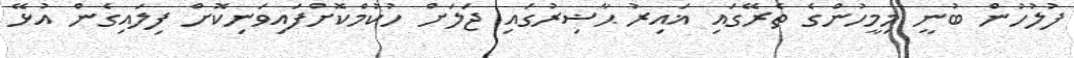
ފުލުހުން ބުނީ މިމީހުންގެ ތެރޭގައި ޣައިރު ޙާޟިރުގައި ޖަލަށް ހުކުމްކޮށްފައިވަނިކޮށް ފިލައިގެން އުޅޭ